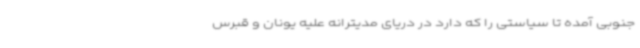
جنوبی آمده تا سیاستی را که دارد در دریای مدیترانه علیه یونان و قبرس